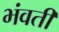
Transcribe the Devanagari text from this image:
भंवतीं